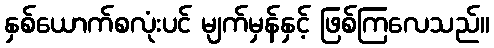
နှစ်ယောက်စလုံးပင် မျက်မှန်နှင့် ဖြစ်ကြလေသည်။